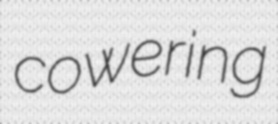
cowering